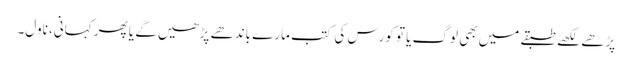
پڑھے لکھے طبقے میں بھی لوگ یا تو کورس کی کتب مارے باندھے پڑھیں گے یا پھر کہانی، ناول۔